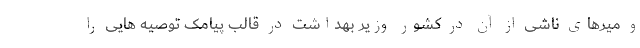
و میرهای ناشی از آن در کشور وزیر بهداشت در قالب پیامک توصیه هایی را